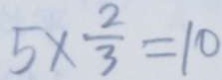
5 \times \frac { 2 } { 3 } = 1 0